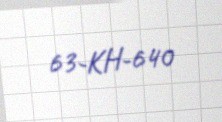
63-KH-640